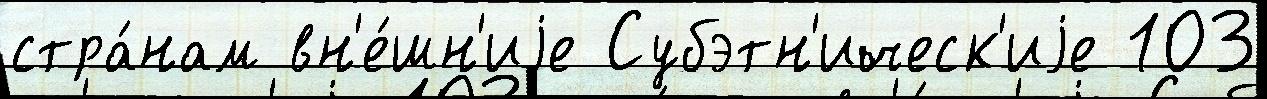
стра́нам вн'е́шн'иjе Субэтн'ическ'иjе 103